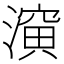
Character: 𰝈